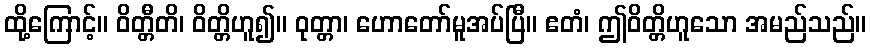
ထို့ကြောင့်။ ဝိတ္တီတိ၊ ဝိတ္တိဟူ၍။ ဝုတ္တာ၊ ဟောတော်မူအပ်ပြီ။ ဧတံ၊ ဤဝိတ္တိဟူသော အမည်သည်။